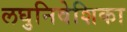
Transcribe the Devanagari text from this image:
लघुनिवेशिका